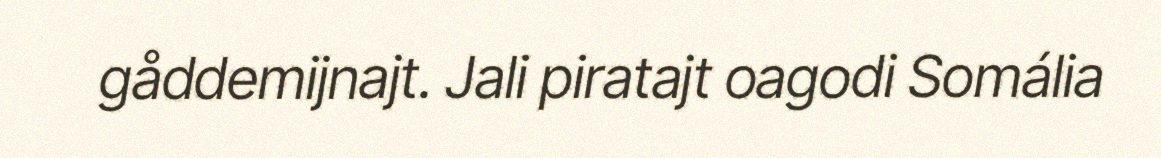
gåddemijnajt. Jali piratajt oagodi Somália